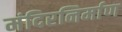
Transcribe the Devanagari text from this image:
मंदिरनिर्माण